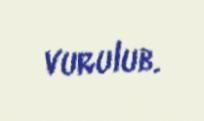
vurulub.